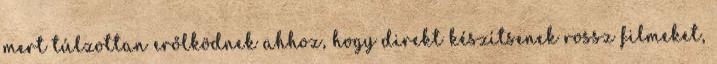
mert túlzottan erőlködnek ahhoz, hogy direkt készítsenek rossz filmeket,